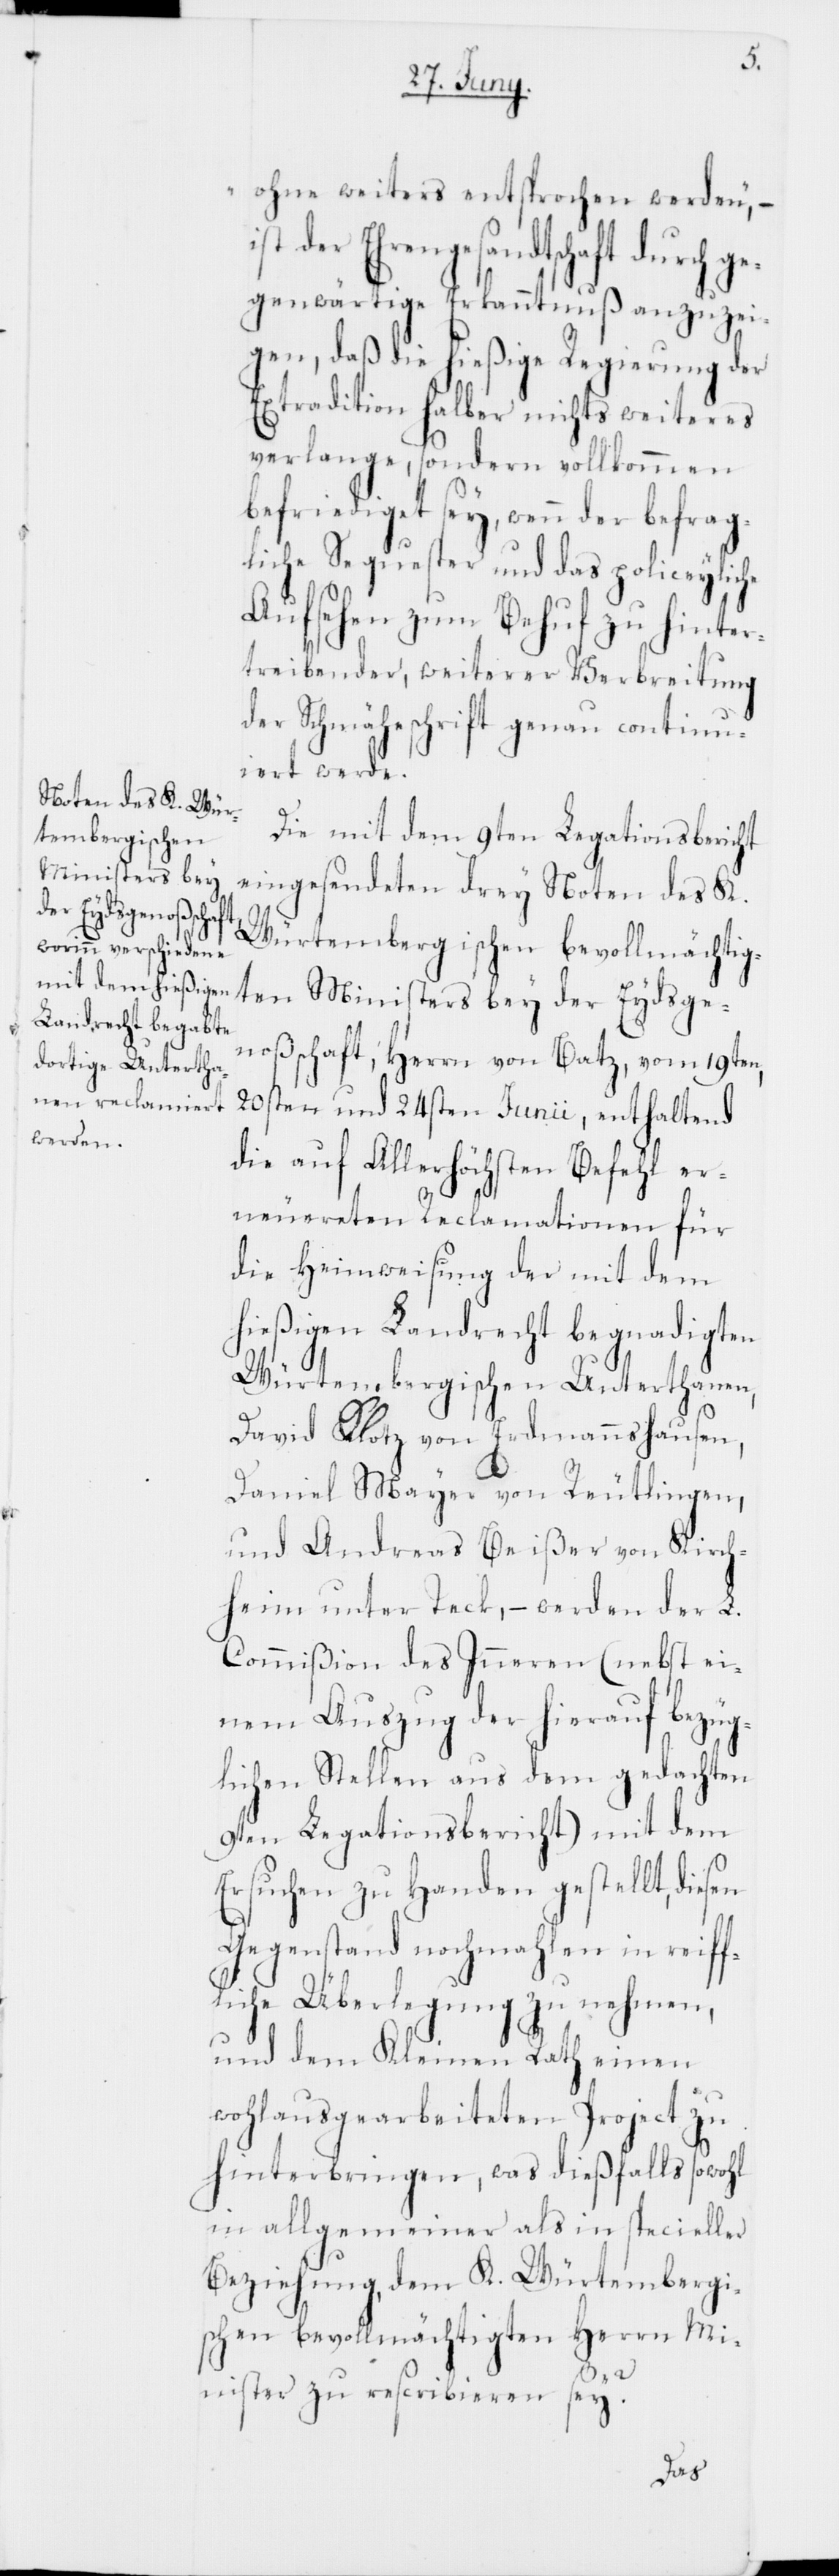
ohne weiters entsprochen werden,“ –
ist der Ehrengesandtschaft durch g¬
egenwärtige Erkanntnuß anzuzei¬
gen, daß die hießige Regierung der
Extradition halber nichts Weiteres
verlange, sondern vollkommen
befriediget sey, wenn der befrag¬
liche Sequester und das policeyliche
Aufsehen zum Behuf zu hinter¬
treibender, weiterer Verbreitung
der Schmäheschrift genau continu¬
iert werde.
Die mit dem 9ten Legationsbericht
eingesendeten drey Noten des K.
Würtembergischen bevollmächtig¬
ten Ministers bey der Eydsge¬
noßenschaft, Herrn von Batz, vom 19ten,
20sten und 24sten Junii, enthaltend
die auf Allerhöchsten Befehl er¬
neuereten Reclamationen für
die Heimweisung der mit dem
hießigen Landrecht begnadigten
Würtembergischen Unterthanen,
David Klotz von Erdamannshausen,
Daniel Mayer von Reutlingen
und Andreas Beißer von Kirch¬
heim unter Teck, – werden der L.
Commißion des Inneren (nebst ei¬
nem Auszug der hierauf bezüg¬
lichen Stellen aus dem gedachten
9ten Legationsbericht) mit dem
Ersuchen zu Handen gestellt, diesen
Gegenstand nochmahlen in reif¬
liche Überlegung zu nehmen,
und dem Kleinen Rath einen
wohlausgearbeiteten Project zu
hinterbringen, was dießfalls sowohl
in allgemeiner als in specieller
Beziehung, dem K. Würtembergi¬
schen bevollmächtigten Herrn Mi¬
nister zu rescribieren sey?